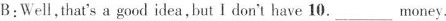
B:Well,that's a good idea,but I don't have 10.___money.